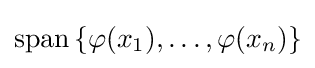
\operatorname {span} \left\lbrace \varphi (x_{1}),\ldots ,\varphi (x_{n})\right\rbrace